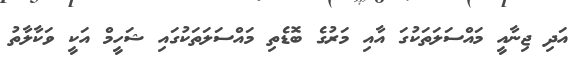
އަދި ޖިނާއީ މައްސަަލަތަކުގަ އާއި މަރުގެ ބޮޑެތި މައްސަލަތަކުގައި ޝަހީމް އަކީ ވަކާލާތު